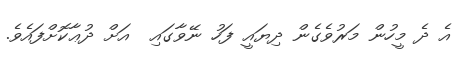
އެ ދެ މީހުން މަރުވެގެން ދިޔައީ ފަހު ނޭވާގައި  އަށް ދުޢާކޮށްފައެވެ.